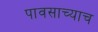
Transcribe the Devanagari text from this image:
पावसाच्याच